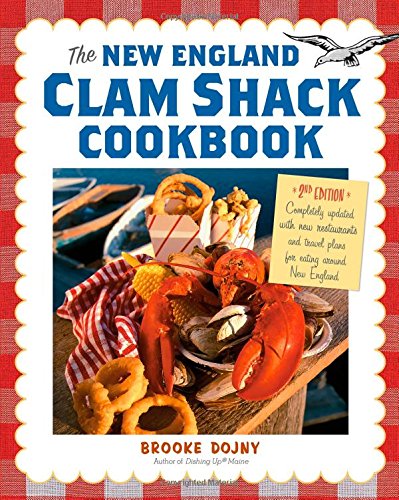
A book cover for The New England Clam Shack Cookbook, 2nd Edition; Brooke Dojny; Cookbooks, Food & Wine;